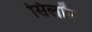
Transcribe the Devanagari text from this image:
सिलॉन